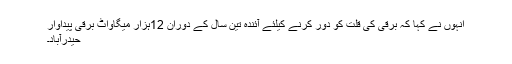
انہوں نے کہا کہ برقی کی قلت کو دور کرنے کیلئے آئندہ تین سال کے دوران 12ہزار میگاواٹ برقی پیداوار
حیدرآباد۔